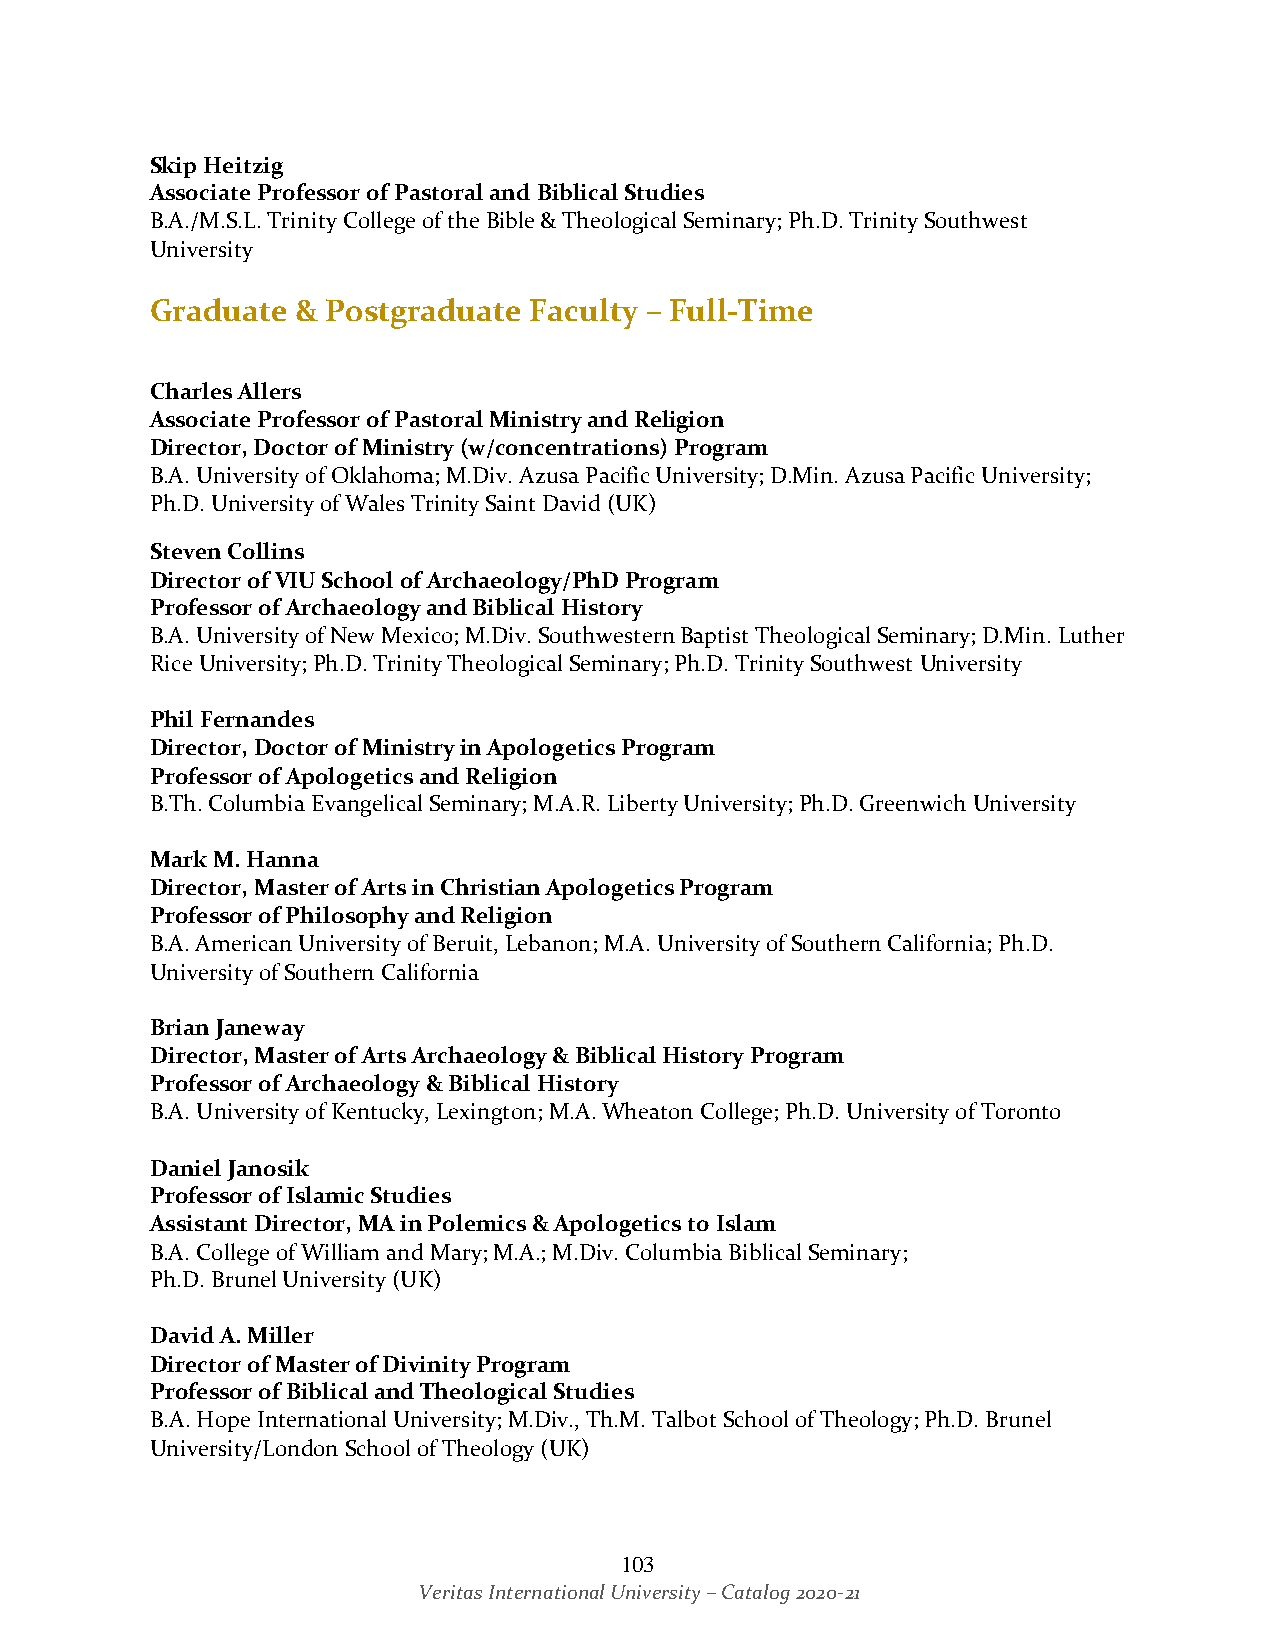
Skip Heitzig
 Associate Professor of Pastoral and Biblical Studies
 B.A./M.S.L. Trinity College of the Bible & Theological Seminary; Ph.D. Trinity Southwest
 University
 Graduate  & Postgraduate Faculty – Full-Time
 Charles Allers
 Associate Professor of Pastoral Ministry and Religion
 Director, Doctor of Ministry (w/concentrations) Program
 B.A. University of Oklahoma; M.Div. Azusa Pacific University; D.Min. Azusa Pacific University;
 Ph.D. University of Wales Trinity Saint David (UK)
 Steven Collins
 Director of VIU School of Archaeology/PhD Program
 Professor of Archaeology and Biblical History
 B.A. University of New Mexico; M.Div. Southwestern Baptist Theological Seminary; D.Min. Luther
 Rice University; Ph.D. Trinity Theological Seminary; Ph.D. Trinity Southwest University
 Phil Fernandes
 Director, Doctor of Ministry in Apologetics Program
 Professor of Apologetics and Religion
 B.Th. Columbia Evangelical Seminary; M.A.R. Liberty University; Ph.D. Greenwich University
 Mark M. Hanna
 Director, Master of Arts in Christian Apologetics Program
 Professor of Philosophy and Religion
 B.A. American University of Beruit, Lebanon; M.A. University of Southern California; Ph.D.
 University of Southern California
 Brian Janeway
 Director, Master of Arts Archaeology & Biblical History Program
 Professor of Archaeology & Biblical History
 B.A. University of Kentucky, Lexington; M.A. Wheaton College; Ph.D. University of Toronto
 Daniel Janosik
 Professor of Islamic Studies
 Assistant Director, MA in Polemics & Apologetics to Islam
 B.A. College of William and Mary; M.A.; M.Div. Columbia Biblical Seminary;
 Ph.D. Brunel University (UK)
 David A. Miller
 Director of Master of Divinity Program
 Professor of Biblical and Theological Studies
 B.A. Hope International University; M.Div., Th.M. Talbot School of Theology; Ph.D. Brunel
 University/London School of Theology (UK)
 103
 Veritas International University – Catalog 2020-21